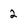
Character: 2